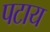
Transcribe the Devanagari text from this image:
पटाय